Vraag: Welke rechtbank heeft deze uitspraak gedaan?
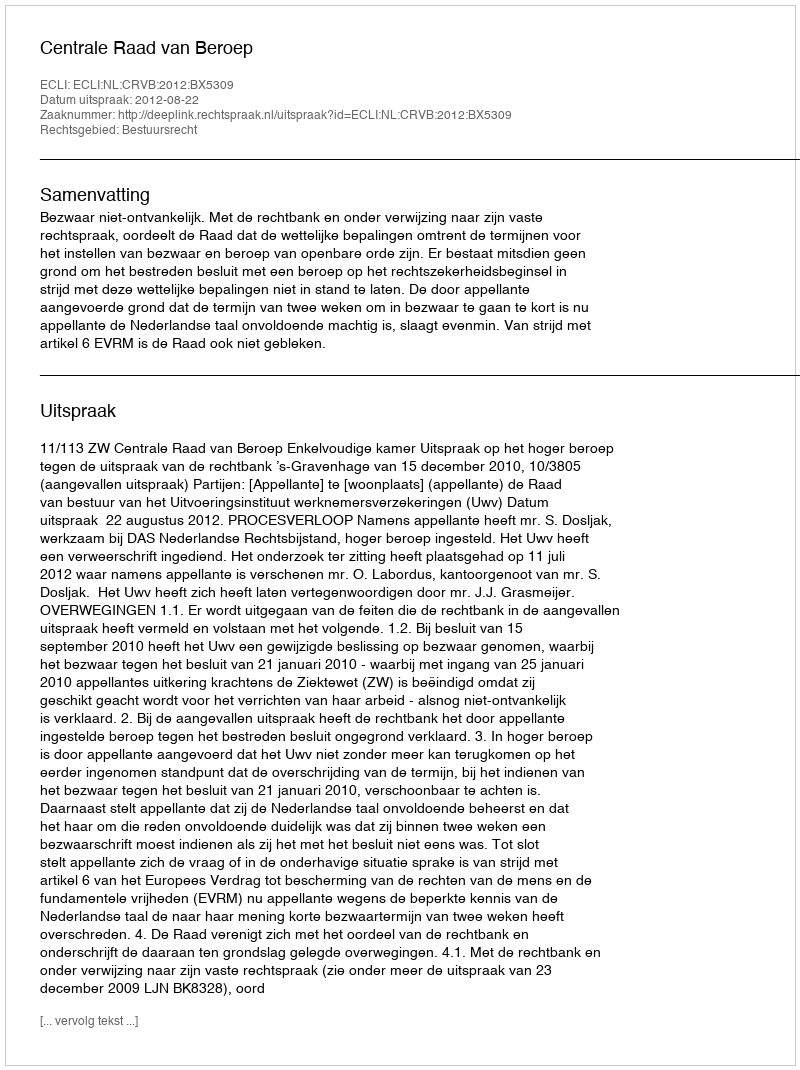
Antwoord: Centrale Raad van Beroep